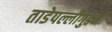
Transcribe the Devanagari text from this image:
ताडेपल्लीगुडेम